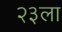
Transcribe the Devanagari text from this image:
२३ला